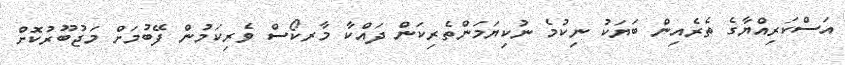
އަސްކަރިއްޔާގެ ތެރެއިން ބަޔަކު ނިކުމެ ނުކިޔަމަންތެރިކަން ދައްކާ މާރކޯސް ވެރިކަމުން ފޭބުމަށް މަޖުބޫރުކޮށް